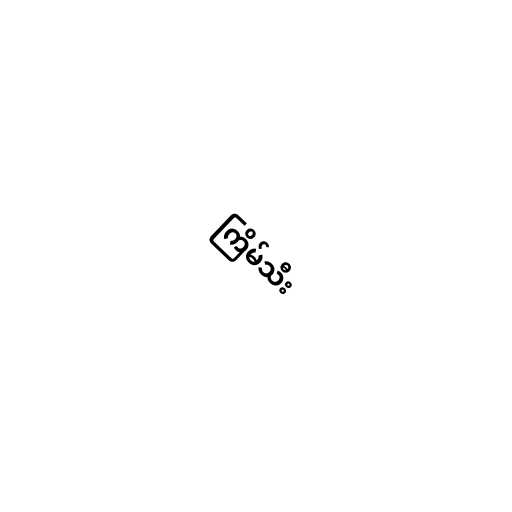
ကြိမ်သီး